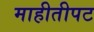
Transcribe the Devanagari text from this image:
माहीतीपट